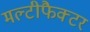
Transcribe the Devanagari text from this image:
मल्टीफैक्टर